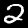
Label: 2